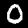
Label: 0